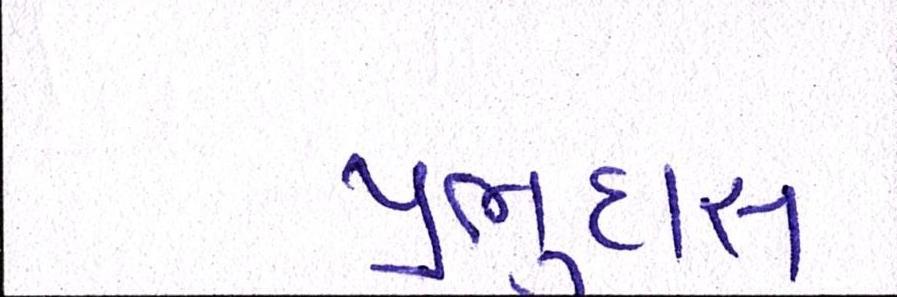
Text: પ્રભુદાસ